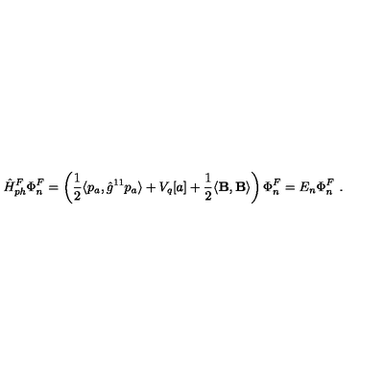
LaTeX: \hat { H } _ { p h } ^ { F } \Phi _ { n } ^ { F } = \left( \frac 1 2 \langle p _ { a } , \hat { g } ^ { 1 1 } p _ { a } \rangle + V _ { q } [ a ] + \frac 1 2 \langle { \bf B } , { \bf B } \rangle \right) \Phi _ { n } ^ { F } = E _ { n } \Phi _ { n } ^ { F } \ .